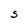
Character: S